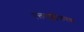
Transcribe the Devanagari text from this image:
रक्तथक्कीकरण